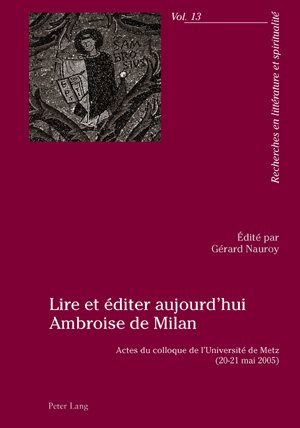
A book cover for Lire et Ã©diter aujourd'hui Ambroise de Milan: Actes du colloque de l'UniversitÃ© de Metz (20-21 mai 2005) (French Edition); History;